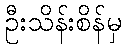
ဦးသိန်းစိန်မှ